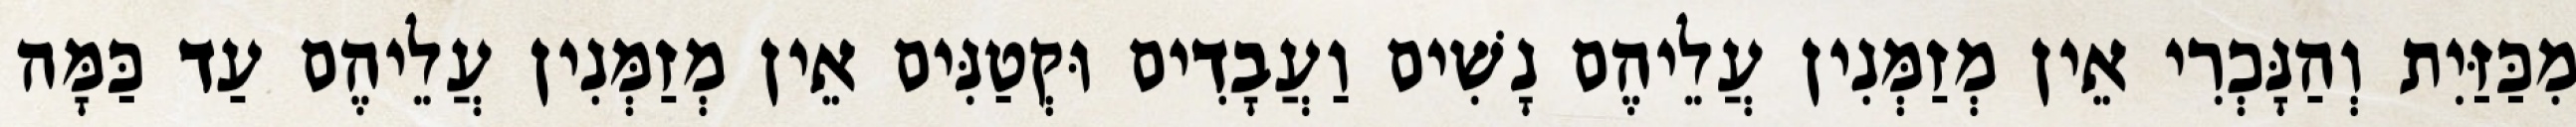
מִכַּזַּיִת וְהַנָּכְרִי אֵין מְזַמְּנִין עֲלֵיהֶם נָשִׁים וַעֲבָדִים וּקְטַנִּים אֵין מְזַמְּנִין עֲלֵיהֶם עַד כַּמָּה